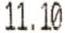
11.10